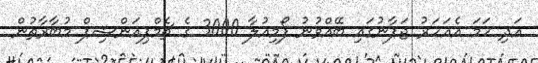
އަދި ހަމަ އެއަހަރު ޖަޕާނުގައި ބޭއްވުނު ފޯމިއުލާ 3000 ގެ ޗެމްޕިއަންޝިޕް މުބާރާތުން